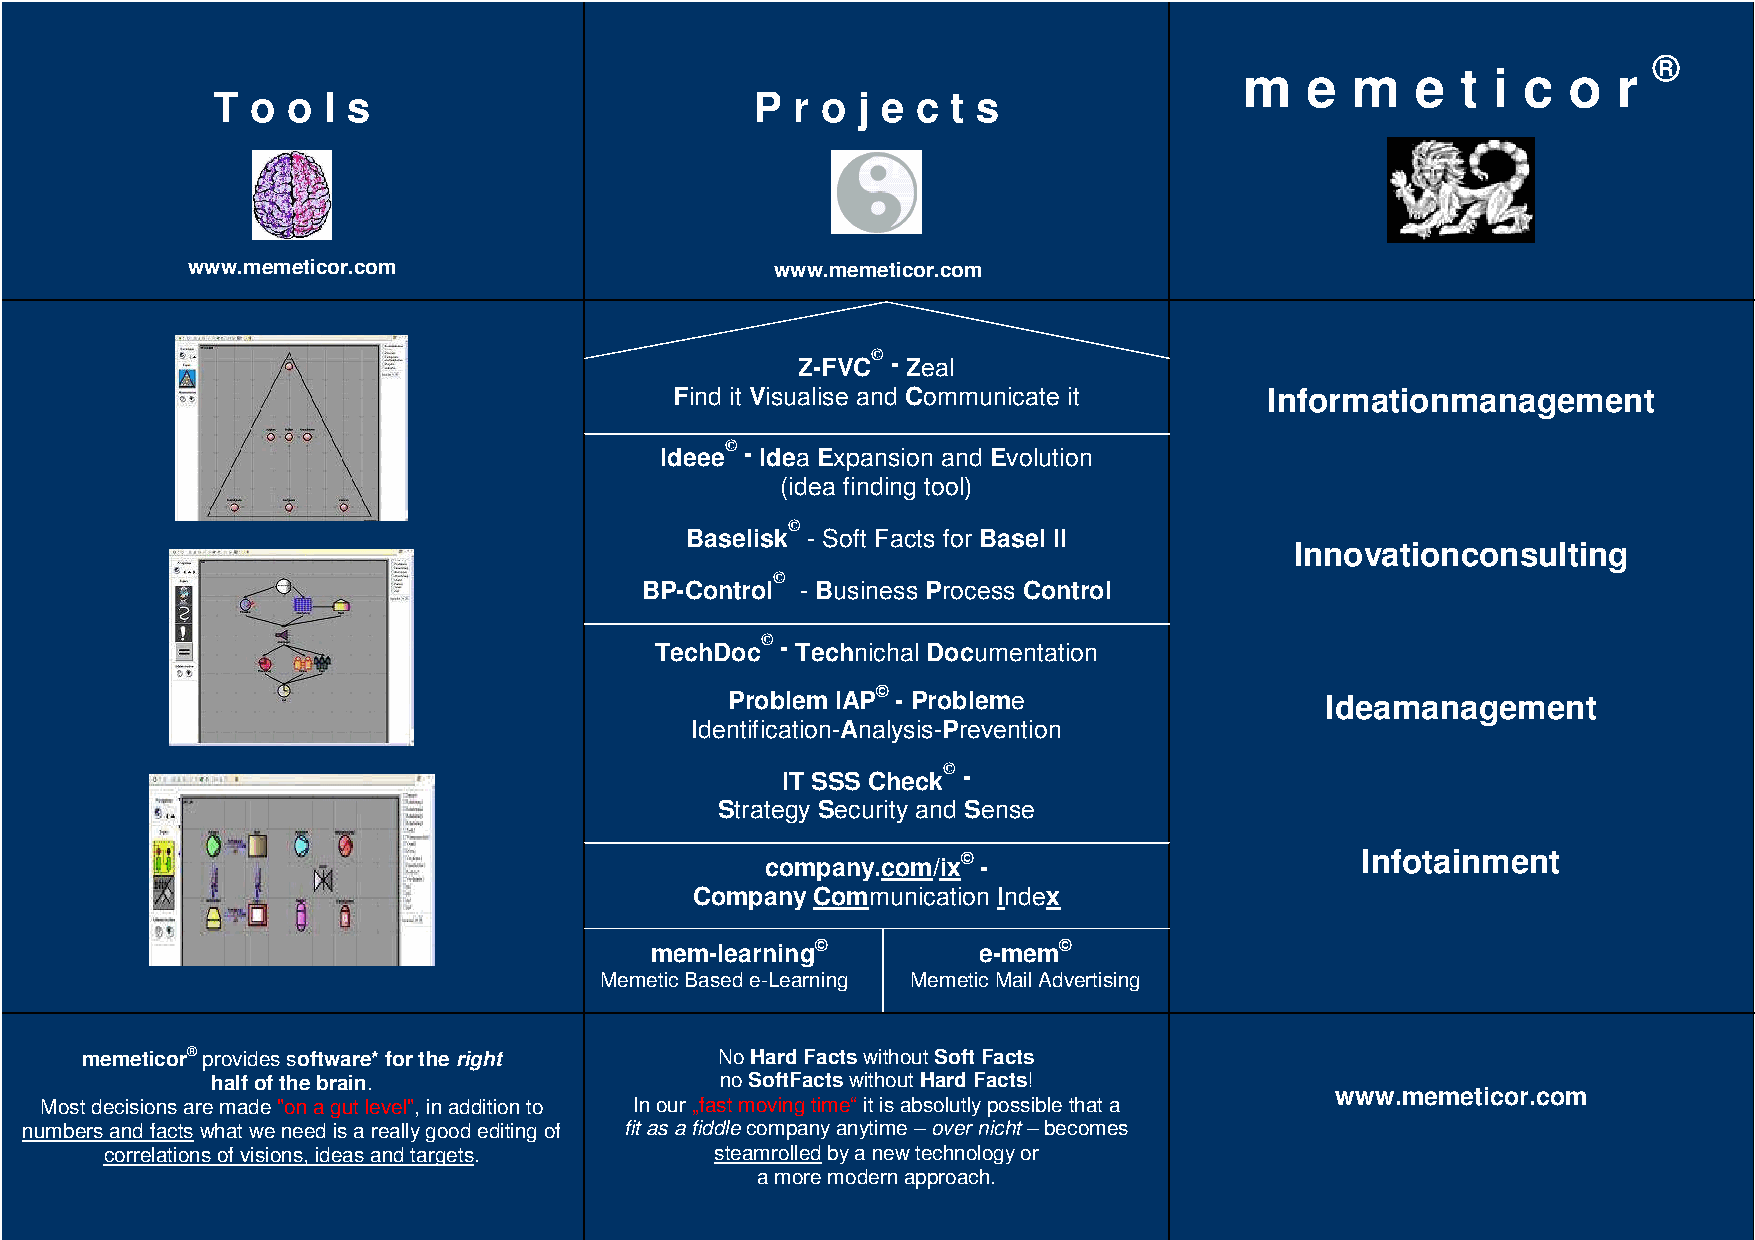
®
 m   e  m    e  t i c  o  r
 T  o o l s                          P r o  j e c t s
 www.memeticor.com                      www.memeticor.com
 Z-FVC© - Zeal
 Find it Visualise and Communicate it   Informationmanagement
 Ideee© - Idea Expansion and Evolution
 (idea finding tool)
 ©
 Baselisk - Soft Facts for Basel II
 Innovationconsulting
 BP-Control©
 - Business Process Control
 TechDoc© - Technichal Documentation
 Problem IAP© - Probleme                 Ideamanagement
 Identification-Analysis-Prevention
 IT SSS Check© -
 Strategy Security and Sense
 company.com/ix© -                      Infotainment
 Company Communication Index
 mem-learning©         e-mem©
 Memetic Based e-Learning Memetic Mail Advertising
 memeticor® provides software* for the right No Hard Facts without Soft Facts
 half of the brain.                no SoftFacts without Hard Facts!
 www.memeticor.com
 Most decisions are made "on a gut level", in addition to In our „fast moving time“ it is absolutly possible that a
 numbers and facts what we need is a really good editing of fit as a fiddle company anytime – over nicht – becomes
 correlations of visions, ideas and targets. steamrolled by a new technology or
 a more modern approach.